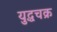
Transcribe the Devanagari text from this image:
युद्धचक्र